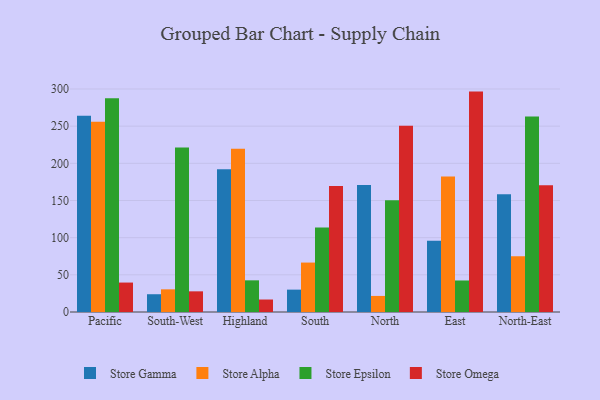
{"axis": {"x": "Region", "y": "Shipments"}, "legend": ["Store Alpha", "Store Epsilon", "Store Gamma", "Store Omega"], "data": [{"x": "Pacific", "y": 264.0, "type": "Store Gamma"}, {"x": "Pacific", "y": 255.8, "type": "Store Alpha"}, {"x": "Pacific", "y": 287.4, "type": "Store Epsilon"}, {"x": "Pacific", "y": 39.6, "type": "Store Omega"}, {"x": "South-West", "y": 23.9, "type": "Store Gamma"}, {"x": "South-West", "y": 30.5, "type": "Store Alpha"}, {"x": "South-West", "y": 221.4, "type": "Store Epsilon"}, {"x": "South-West", "y": 27.8, "type": "Store Omega"}, {"x": "Highland", "y": 192.1, "type": "Store Gamma"}, {"x": "Highland", "y": 219.6, "type": "Store Alpha"}, {"x": "Highland", "y": 42.6, "type": "Store Epsilon"}, {"x": "Highland", "y": 16.8, "type": "Store Omega"}, {"x": "South", "y": 30.1, "type": "Store Gamma"}, {"x": "South", "y": 66.5, "type": "Store Alpha"}, {"x": "South", "y": 113.7, "type": "Store Epsilon"}, {"x": "South", "y": 169.4, "type": "Store Omega"}, {"x": "North", "y": 170.9, "type": "Store Gamma"}, {"x": "North", "y": 21.6, "type": "Store Alpha"}, {"x": "North", "y": 150.2, "type": "Store Epsilon"}, {"x": "North", "y": 250.6, "type": "Store Omega"}, {"x": "East", "y": 95.9, "type": "Store Gamma"}, {"x": "East", "y": 182.3, "type": "Store Alpha"}, {"x": "East", "y": 42.4, "type": "Store Epsilon"}, {"x": "East", "y": 296.5, "type": "Store Omega"}, {"x": "North-East", "y": 158.3, "type": "Store Gamma"}, {"x": "North-East", "y": 75.0, "type": "Store Alpha"}, {"x": "North-East", "y": 262.9, "type": "Store Epsilon"}, {"x": "North-East", "y": 170.6, "type": "Store Omega"}]}